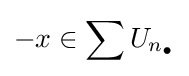
-x\in \sum U_{n_{\bullet }}